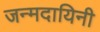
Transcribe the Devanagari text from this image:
जन्मदायिनी